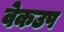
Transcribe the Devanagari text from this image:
वेकउप